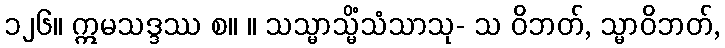
၁၂၆။ ဣမသဒ္ဒဿ စ။ ။ သသ္မာသ္မိံသံသာသု- သ ဝိဘတ်, သ္မာဝိဘတ်,